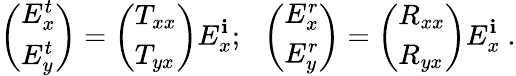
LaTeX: \left(\begin{array}{l}{E_{x}^{t}}\\ {E_{y}^{t}}\end{array}\right)=\left(\begin{array}{l}{T_{xx}}\\ {T_{yx}}\end{array}\right)E_{x}^{\mathbf{i}};~~\left(\begin{array}{l}{E_{x}^{r}}\\ {E_{y}^{r}}\end{array}\right)=\left(\begin{array}{l}{R_{xx}}\\ {R_{yx}}\end{array}\right)E_{x}^{\mathbf{i}}\ .